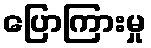
ပြောကြားမှု